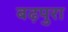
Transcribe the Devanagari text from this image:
बढ़पुरा